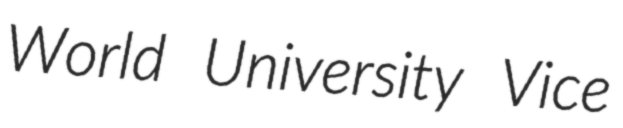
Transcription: World University Vice